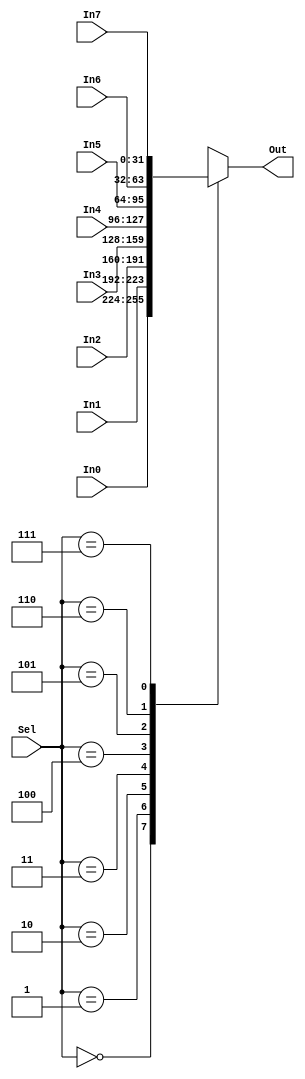
`timescale 1ns / 1ps

module Mux8to1_32bit( Sel,
							 In0, In1, In2, In3, In4, In5, In6, In7,
							 Out );

	input [2:0] Sel;
	input [31:0] In0, In1, In2, In3, In4, In5, In6, In7;
	output reg [31:0] Out;

	always@(*)
	begin
		case (Sel)
			3'b000 : Out = In0;
			3'b001 : Out = In1;
			3'b010 : Out = In2;
			3'b011 : Out = In3;
			3'b100 : Out = In4;
			3'b101 : Out = In5;
			3'b110 : Out = In6;
			3'b111 : Out = In7;
			default : Out = 32'bX;
		endcase
	end
	
endmodule